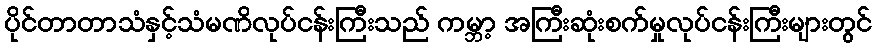
ပိုင်တာတာသံနှင့်သံမဏိလုပ်ငန်းကြီးသည် ကမ္ဘာ့ အကြီးဆုံးစက်မှုလုပ်ငန်းကြီးများတွင်